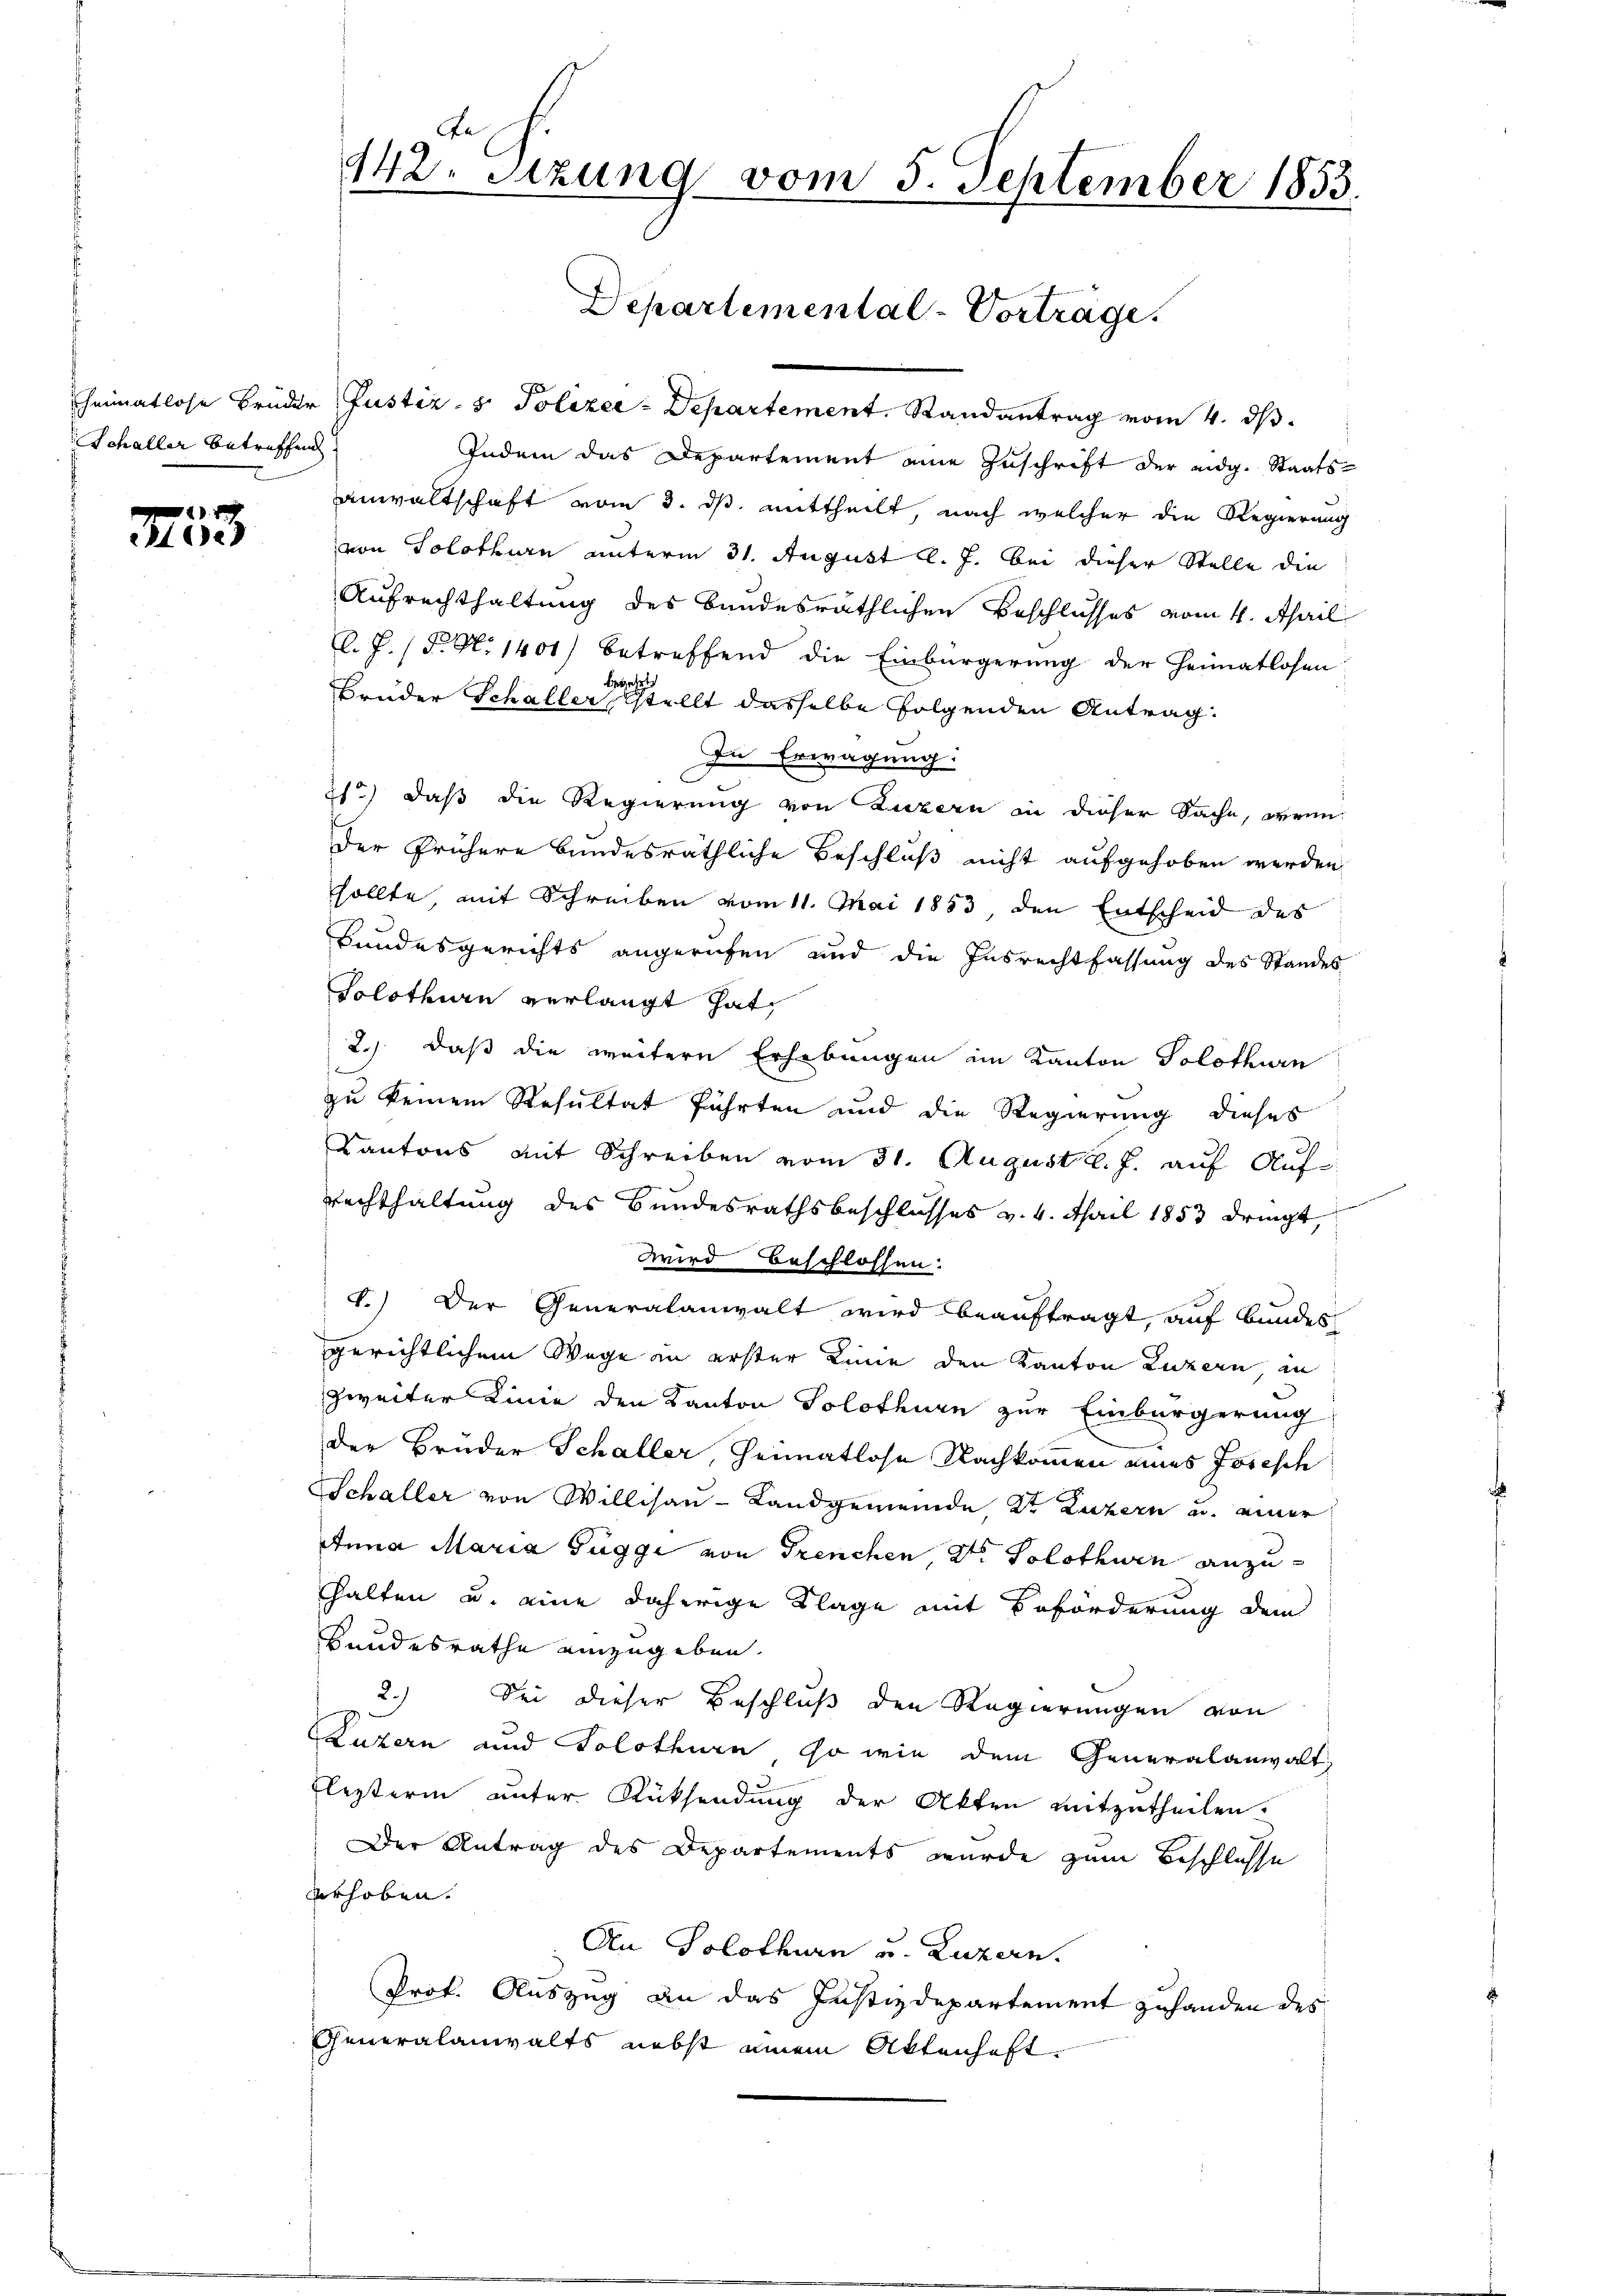
Schaller betreffend

221 de

.
142. Setzung vom 5. September 1853.
e
Departemental-Vorträge.

heimatlose Brüder Justiz- & Polizer-Departement. Randantrag vom 4. ds.
Indem das Departement eine Zuschrift der eidg. Staats-
anwaltschaft vom 3. ds. mittheilt, nach welcher die Regierung
von Solothurn unterm 31. August l. J. bei dieser Stelle die
Aufrechthaltung des bundesräthlichen Beschlusses vom 4. April
El. J. (T. N. 1401) betreffend die Einbürgerung der Heimatlosen
begehrte
Bruder Schaller, stellt dasselbe folgenden Antrag.
In Erwägung:
21.) daß die Regierung von Luzern in dieser Sache, wenn
Der frühere bundesräthliche Beschluß nicht aufgehoben werden
sollte, mit Schreiben vom 11. Mai 1853, den Entscheid des
Bundesgerichts angerufen und die Insrechtfassung des Standes
Solothurn verlangt hat,
2.) daß die weitere Erhebungen im Kanton Solothurn
zu keinem Resultat führten und die Regierung dieses
Kantons mit Schreiben vom 31. August l. J. auf Auf¬
Rechthaltung des Bundesrathsbeschlosses v. 4. April 1853 dringt,
Wird beschlossen:
8.) Der Generalanwalt wird beauftragt, auf Bundes
gerichtlichem Wege in erster Linie den Kanton Luzern in
szweiter Linie den Kanton Solothurn zur Einbürgerung
der Bruder Schaller, Heimatlose Nachkommen eines Josesch
Schaller von Willisau-Landgemeinde, St. Luzern u. einer
Anna Maria Függi von Trenchen, den Solothurn anzuhhalten u. eine daherige Klage mit Beförderung dem
Bundesrathe einzugeben.
2.) Sei dieser Beschluß den Regierungen von
Luzern und Solothurn so wie dem Generalanwalt,
Flesterin unter Rücksendung der Akten mitzutheilen.
Der Antrag des Departements wurde zum Beschlusse
vrhoben.
An Solothurn u. Luzern.
Prof. Auszug an das Justizdepartement zuhanden des
Generalanwalts nebst einem Aktenhaft.